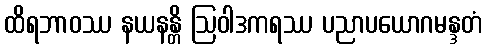
ထိရဘာဝဿ နယနန္တိ ဩဝါဒကရဿ ပညာပယောဂမန္ဒတံ